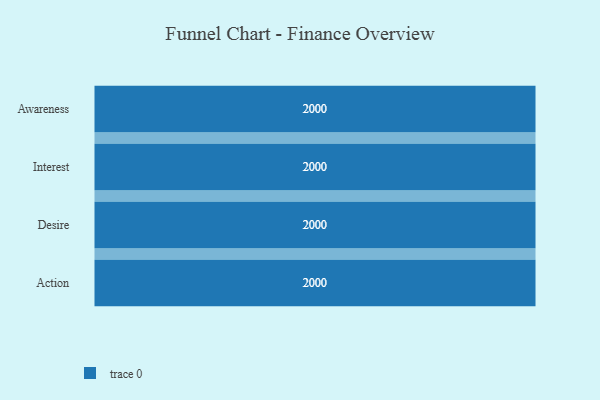
{"axis": {"x": "Stage", "y": "Value"}, "legend": [""], "data": [{"x": "Awareness", "y": 2000, "type": ""}, {"x": "Interest", "y": 2000, "type": ""}, {"x": "Desire", "y": 2000, "type": ""}, {"x": "Action", "y": 2000, "type": ""}]}